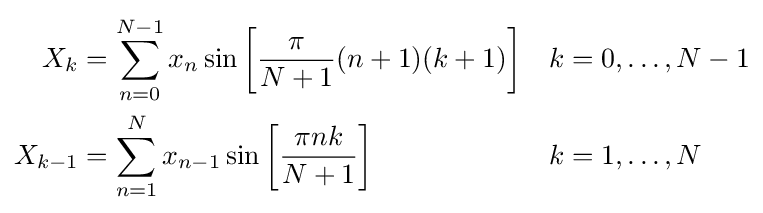
{\begin{aligned}X_{k}&=\sum _{n=0}^{N-1}x_{n}\sin \left[{\frac {\pi }{N+1}}(n+1)(k+1)\right]&k&=0,\dots ,N-1\\X_{k-1}&=\sum _{n=1}^{N}x_{n-1}\sin \left[{\frac {\pi nk}{N+1}}\right]&k&=1,\dots ,N\end{aligned}}